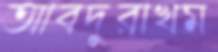
আবদুরাখম